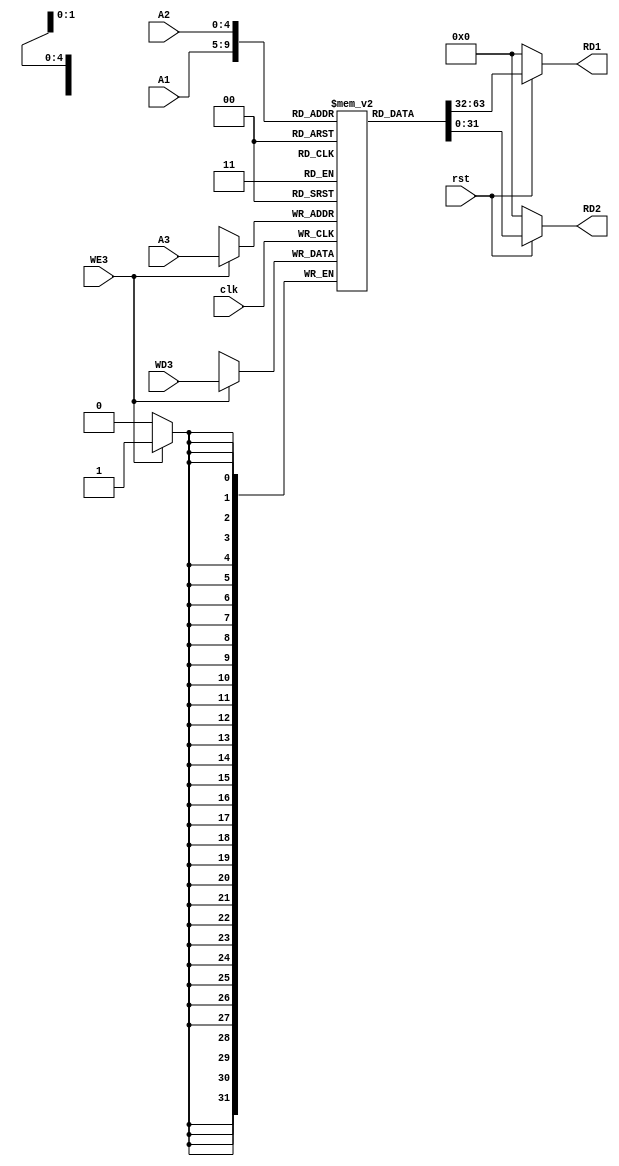
module Register_File(clk,rst,WE3,WD3,A1,A2,A3,RD1,RD2);

    input clk,rst,WE3;
    input [4:0]A1,A2,A3;
    input [31:0]WD3;
    output [31:0]RD1,RD2;

    reg [31:0] Register [31:0];

    always @ (posedge clk)
    begin
        if(WE3)
            Register[A3] <= WD3;
    end

    assign RD1 = (~rst) ? 32'd0 : Register[A1];
    assign RD2 = (~rst) ? 32'd0 : Register[A2];

    initial begin
        // Register[9] = 32'h00000020;
        // Register[6] = 32'h00000040;
        // Register[11] = 32'h00000028;
        // Register[12] = 32'h00000030;
        Register[5] = 32'h00000005;
        Register[6] = 32'h00000004;
    end

endmodule